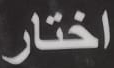
اختار